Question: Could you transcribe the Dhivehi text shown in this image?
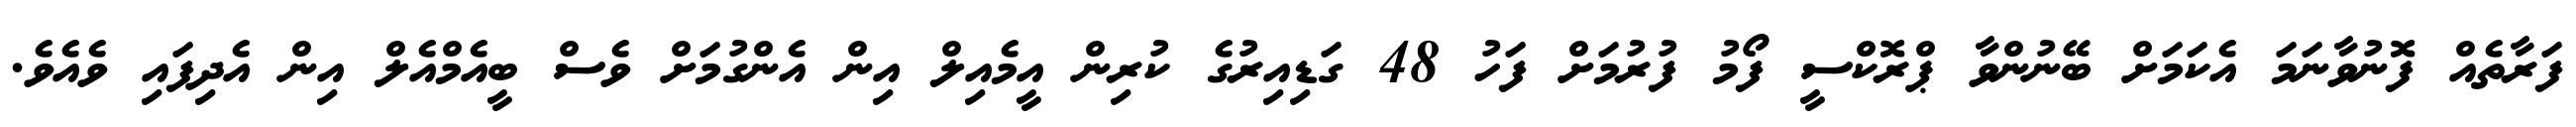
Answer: ފަރާތެއް ފޮނުވާނަމަ އެކަމަށް ބޭނުންވާ ޕްރޮކްސީ ފޯމު ފުރުމަށް ފަހު 48 ގަޑިއިރުގެ ކުރިން އީމެއިލް އިން އެންގުމަށް ވެސް ބީއެމްއެލް އިން އެދިފައި ވެއެވެ.